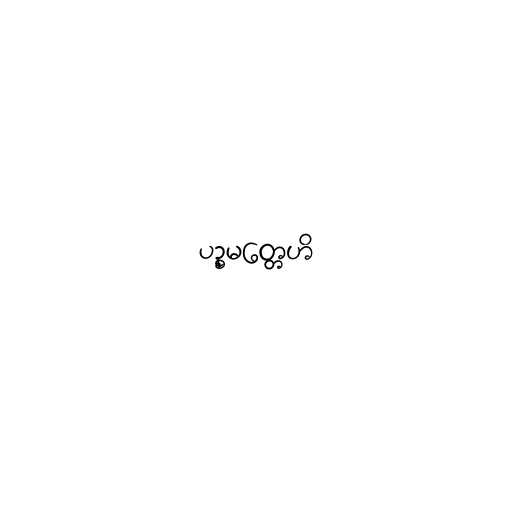
ပဉ္စမတ္တေဟိ